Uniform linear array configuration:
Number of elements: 8
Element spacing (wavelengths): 0.75
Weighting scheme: hann
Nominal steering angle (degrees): -45
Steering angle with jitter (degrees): -46.794
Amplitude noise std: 0.05
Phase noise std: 0.05

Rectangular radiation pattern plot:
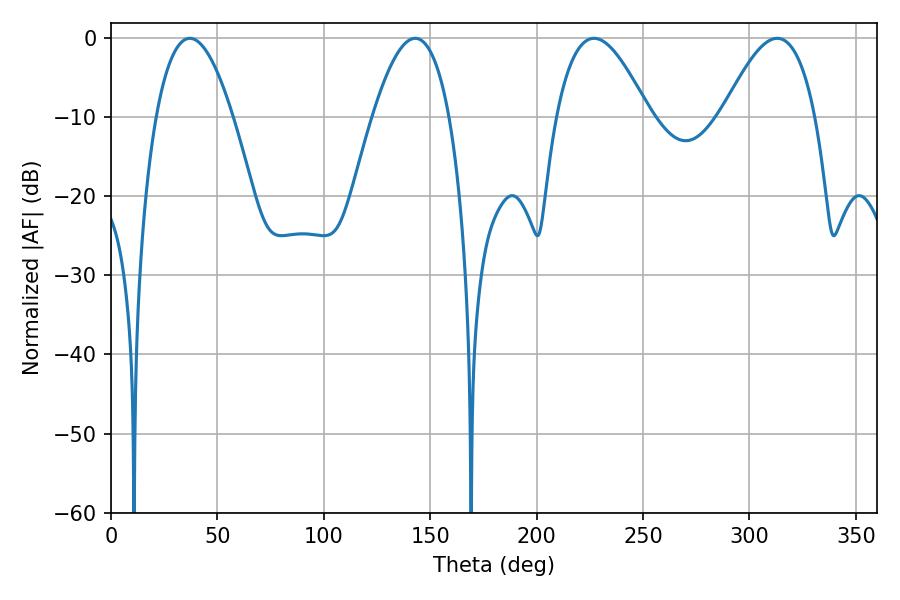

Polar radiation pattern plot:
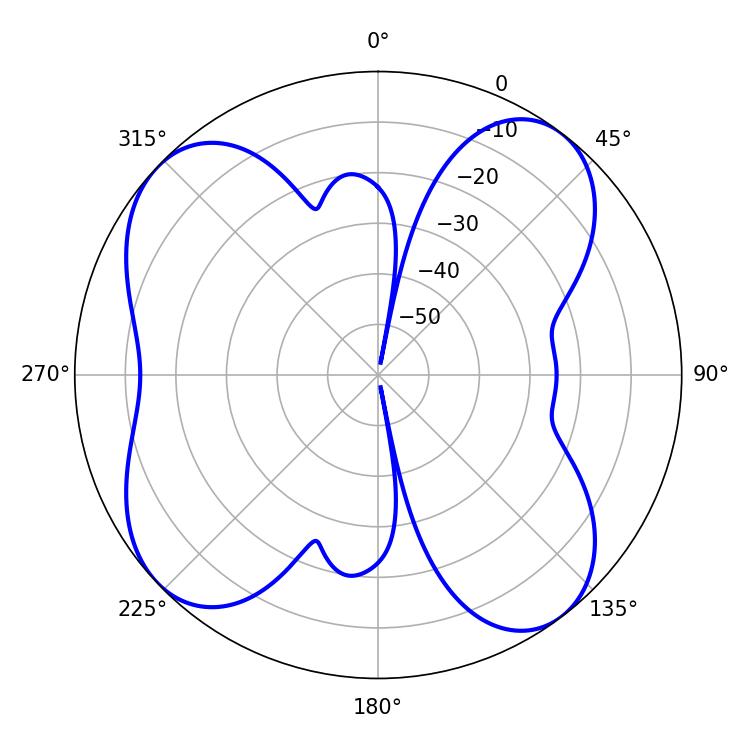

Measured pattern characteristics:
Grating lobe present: TRUE
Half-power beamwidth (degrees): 23.58
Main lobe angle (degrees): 226.98